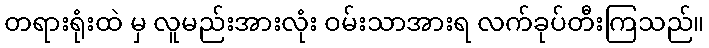
တရားရုံးထဲ မှ လူမည်းအားလုံး ဝမ်းသာအားရ လက်ခုပ်တီးကြသည်။